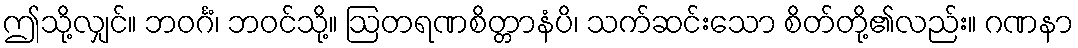
ဤသို့လျှင်။ ဘဝင်္ဂံ၊ ဘဝင်သို့။ ဩတရဏစိတ္တာနံပိ၊ သက်ဆင်းသော စိတ်တို့၏လည်း။ ဂဏနာ